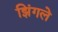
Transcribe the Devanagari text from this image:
झिंगले